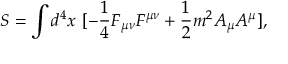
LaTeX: S = \int d ^ { 4 } x \ [ - \frac { 1 } { 4 } F _ { \mu \nu } F ^ { \mu \nu } + \frac { 1 } { 2 } m ^ { 2 } A _ { \mu } A ^ { \mu } ] ,